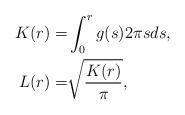
LaTeX: \begin{align*}K(r) =& \int_0^{r} g(s) 2 \pi s ds,\\L(r) =& \sqrt{\frac{K(r)}{\pi}},\end{align*}